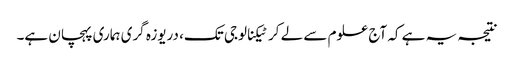
نتیجہ یہ ہے کہ آج علوم سے لے کر ٹیکنالوجی تک، دریوزہ گری ہماری پہچان ہے۔